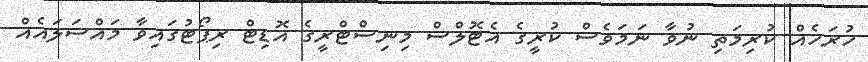
ހުރަހެއް ކުރިމަތި ނުވާ ނަމަވެސް ކުރީގެ އެޓޮލްސް މިނިސްޓްރީގެ އޮޑިޓް ރިޕޯޓުގައިވާ މައްސަލައެއް